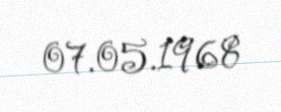
07.05.1968